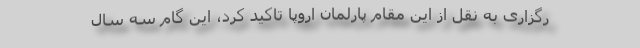
رگزاری به نقل از این مقام پارلمان اروپا تاکید کرد، این گام سه سال